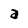
Character: a